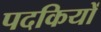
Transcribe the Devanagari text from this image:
पदकियों